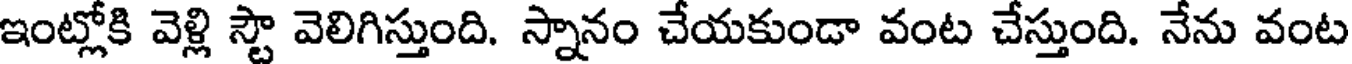
ఇంట్లోకి వెళ్లి స్టౌ వెలిగిస్తుంది. స్నానం చేయకుండా వంట చేస్తుంది. నేను వంట